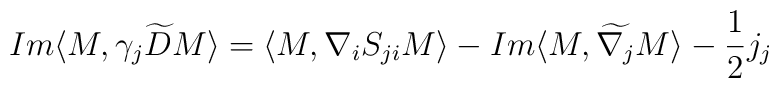
Im\langle M, \gamma_{j} \widetilde{D} M\rangle=\langle M, \nabla_{i}S_{ji}M\rangle-Im\langle M, \widetilde{\nabla_{j}}M\rangle-\frac{1}{2}j_{j}